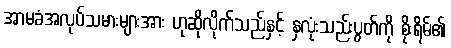
အာမခံအလုပ်သမားများအား ဟုဆိုလိုက်သည်နှင့် နှလုံးသည်းပွတ်ကို စိုးရိမ်၏